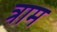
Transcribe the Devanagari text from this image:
त्राम